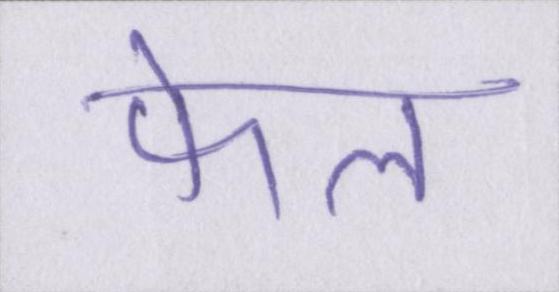
फेल